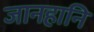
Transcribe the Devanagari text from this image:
जानहानि